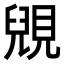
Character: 𧡎